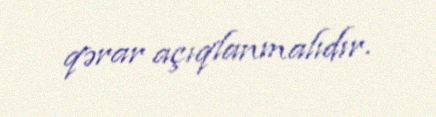
qərar açıqlanmalıdır.